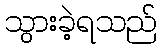
သွားခဲ့ရသည်